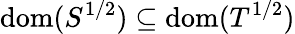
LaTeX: \operatorname{dom}(S^{1/2})\subseteq\operatorname{dom}(T^{1/2})